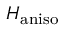
H _ { \mathrm { a n i s o } }